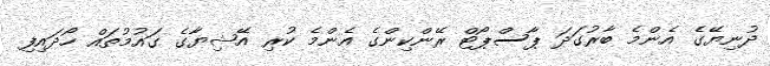
ދުނިޔޭގެ އެންމެ ބާރުގަދަ ޕާސްޕޯޓް ރޭންކިންގެ އެންމެ ކުރި އޭޝިޔާގެ ގައުމުތައް ހޯދައިފި